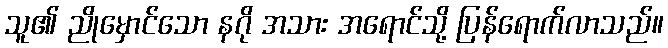
သူ၏ ညိုမှောင်သော နဂို အသား အရောင်သို့ ပြန်ရောက်လာသည်။